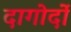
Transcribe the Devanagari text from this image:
दागोर्दो